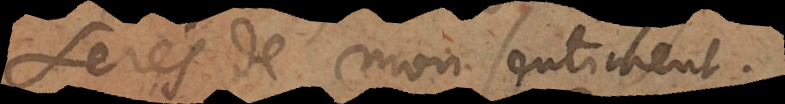
serés de mon sentiment.